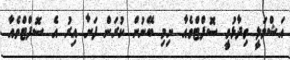
އަޝްމަލީ ވިދާޅުވީ ސޮފްޓްވެއާ ނިމި ބޭނުން ކުރަން ފަށާ އިރު އެ ސޮފްޓްވެއާ